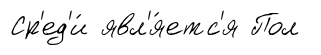
Ср'ед'и́ явл'я́етс'я Пол